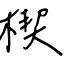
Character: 楔